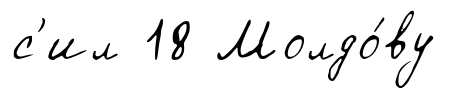
с'ил 18 Молдо́ву